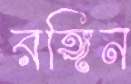
রঙ্গিন